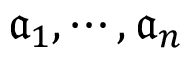
{ \mathfrak { a } } _ { 1 } , \cdots , { \mathfrak { a } } _ { n }